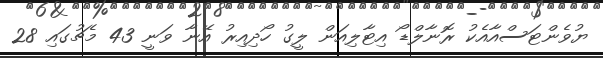
ޔުވެންޓަސްއާއެކު ރޮނާލްޑޯ އިޓާލިއަން ލީގު ހޯދިއިރު އޭނާ ވަނީ 43 މެޗުގައި 28